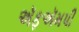
ઍફઍમપી